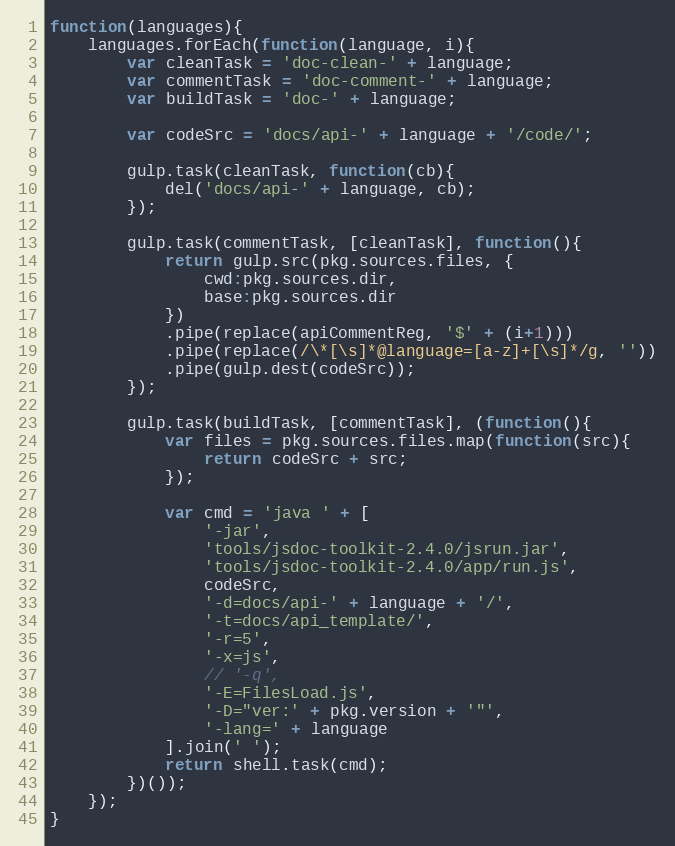
Language: JavaScript
function(languages){
    languages.forEach(function(language, i){
        var cleanTask = 'doc-clean-' + language;
        var commentTask = 'doc-comment-' + language;
        var buildTask = 'doc-' + language;

        var codeSrc = 'docs/api-' + language + '/code/';

        gulp.task(cleanTask, function(cb){
            del('docs/api-' + language, cb);
        });

        gulp.task(commentTask, [cleanTask], function(){
            return gulp.src(pkg.sources.files, {
                cwd:pkg.sources.dir,
                base:pkg.sources.dir
            })
            .pipe(replace(apiCommentReg, '$' + (i+1)))
            .pipe(replace(/\*[\s]*@language=[a-z]+[\s]*/g, ''))
            .pipe(gulp.dest(codeSrc));
        });

        gulp.task(buildTask, [commentTask], (function(){
            var files = pkg.sources.files.map(function(src){
                return codeSrc + src;
            });

            var cmd = 'java ' + [
                '-jar',
                'tools/jsdoc-toolkit-2.4.0/jsrun.jar',
                'tools/jsdoc-toolkit-2.4.0/app/run.js',
                codeSrc,
                '-d=docs/api-' + language + '/',
                '-t=docs/api_template/',
                '-r=5',
                '-x=js',
                // '-q',
                '-E=FilesLoad.js',
                '-D="ver:' + pkg.version + '"',
                '-lang=' + language
            ].join(' ');
            return shell.task(cmd);
        })());
    });
}